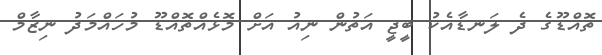
ތޮއްޑޫގެ ދެ ލަނޑާއެކު ބީޖީ އަތުން ނިއު އަށް މޮޅެއްތޮއްޑޫ މުހައްމަދު ނިޒާމް